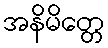
အနိမိတ္တေ